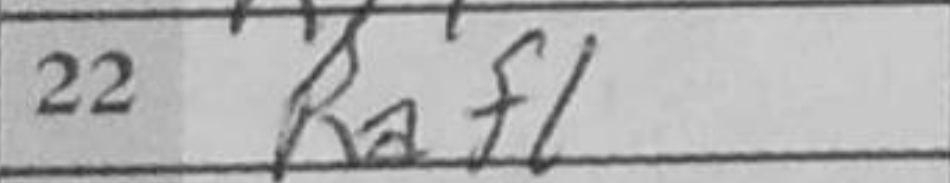
Transcription: Raf1